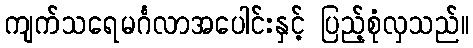
ကျက်သရေမင်္ဂလာအပေါင်းနှင့် ပြည့်စုံလှသည်။